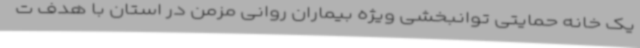
یک خانه حمایتی توانبخشی ویژه بیماران روانی مزمن در استان با هدف ت